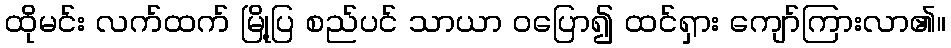
ထိုမင်း လက်ထက် မြို့ပြ စည်ပင် သာယာ ဝပြော၍ ထင်ရှား ကျော်ကြားလာ၏။